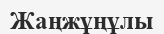
Жаңжұңұлы